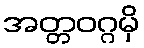
အတ္တဝဂ္ဂမှိ